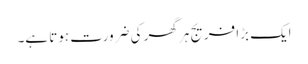
ایک بڑا فریج ہر گھر کی ضرورت ہوتا ہے۔